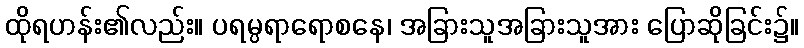
ထိုရဟန်း၏လည်း။ ပရမ္ပရာရောစနေ၊ အခြားသူအခြားသူအား ပြောဆိုခြင်း၌။